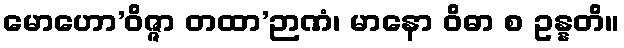
မောဟော’ဝိဇ္ဇာ တထာ’ဉာဏံ၊ မာနော ဝိဓာ စ ဥန္နတိ။